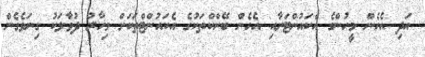
އަދި އެހެން މީހުންގެ އެކައުންޓަށާއި އެހެން ބޭންކްތަކުގެ އެކައުންޓްތަކަށް މިހާރު ދުވާލަކު ގިނަވެގެން